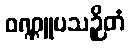
ဝဏ္ဏူပသဉှိတံ